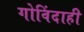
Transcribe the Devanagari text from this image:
गोविंदाही